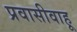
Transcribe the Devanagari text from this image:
प्रवासीवाहू